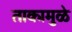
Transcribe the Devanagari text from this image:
ताकामुळे